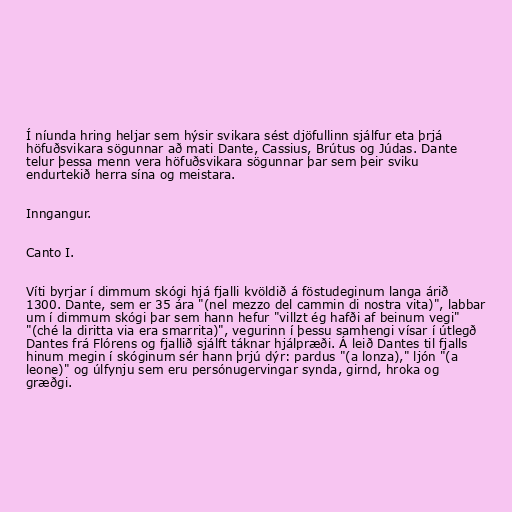
Í níunda hring heljar sem hýsir svikara sést djöfullinn sjálfur eta þrjá
höfuðsvikara sögunnar að mati Dante, Cassius, Brútus og Júdas. Dante
telur þessa menn vera höfuðsvikara sögunnar þar sem þeir sviku
endurtekið herra sína og meistara.

Inngangur.

Canto I.

Víti byrjar í dimmum skógi hjá fjalli kvöldið á föstudeginum langa árið
1300. Dante, sem er 35 ára "(nel mezzo del cammin di nostra vita)", labbar
um í dimmum skógi þar sem hann hefur "villzt ég hafði af beinum vegi"
"(ché la diritta via era smarrita)", vegurinn í þessu samhengi vísar í útlegð
Dantes frá Flórens og fjallið sjálft táknar hjálpræði. Á leið Dantes til fjalls
hinum megin í skóginum sér hann þrjú dýr: pardus "(a lonza)," ljón "(a
leone)" og úlfynju sem eru persónugervingar synda, girnd, hroka og
græðgi.